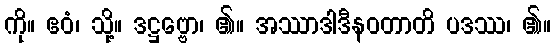
ကို။ ဧဝံ၊ သို့။ ဒဋ္ဌဗ္ဗော၊ ၏။ အဿာဒါဒီနဝတာတိ ပဒဿ၊ ၏။